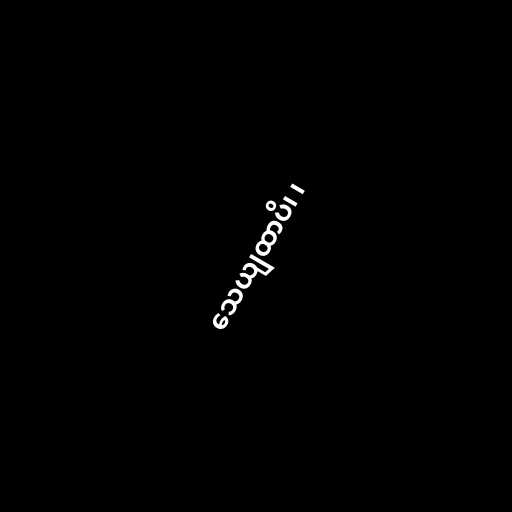
သေယျထာပိ၊ ၊